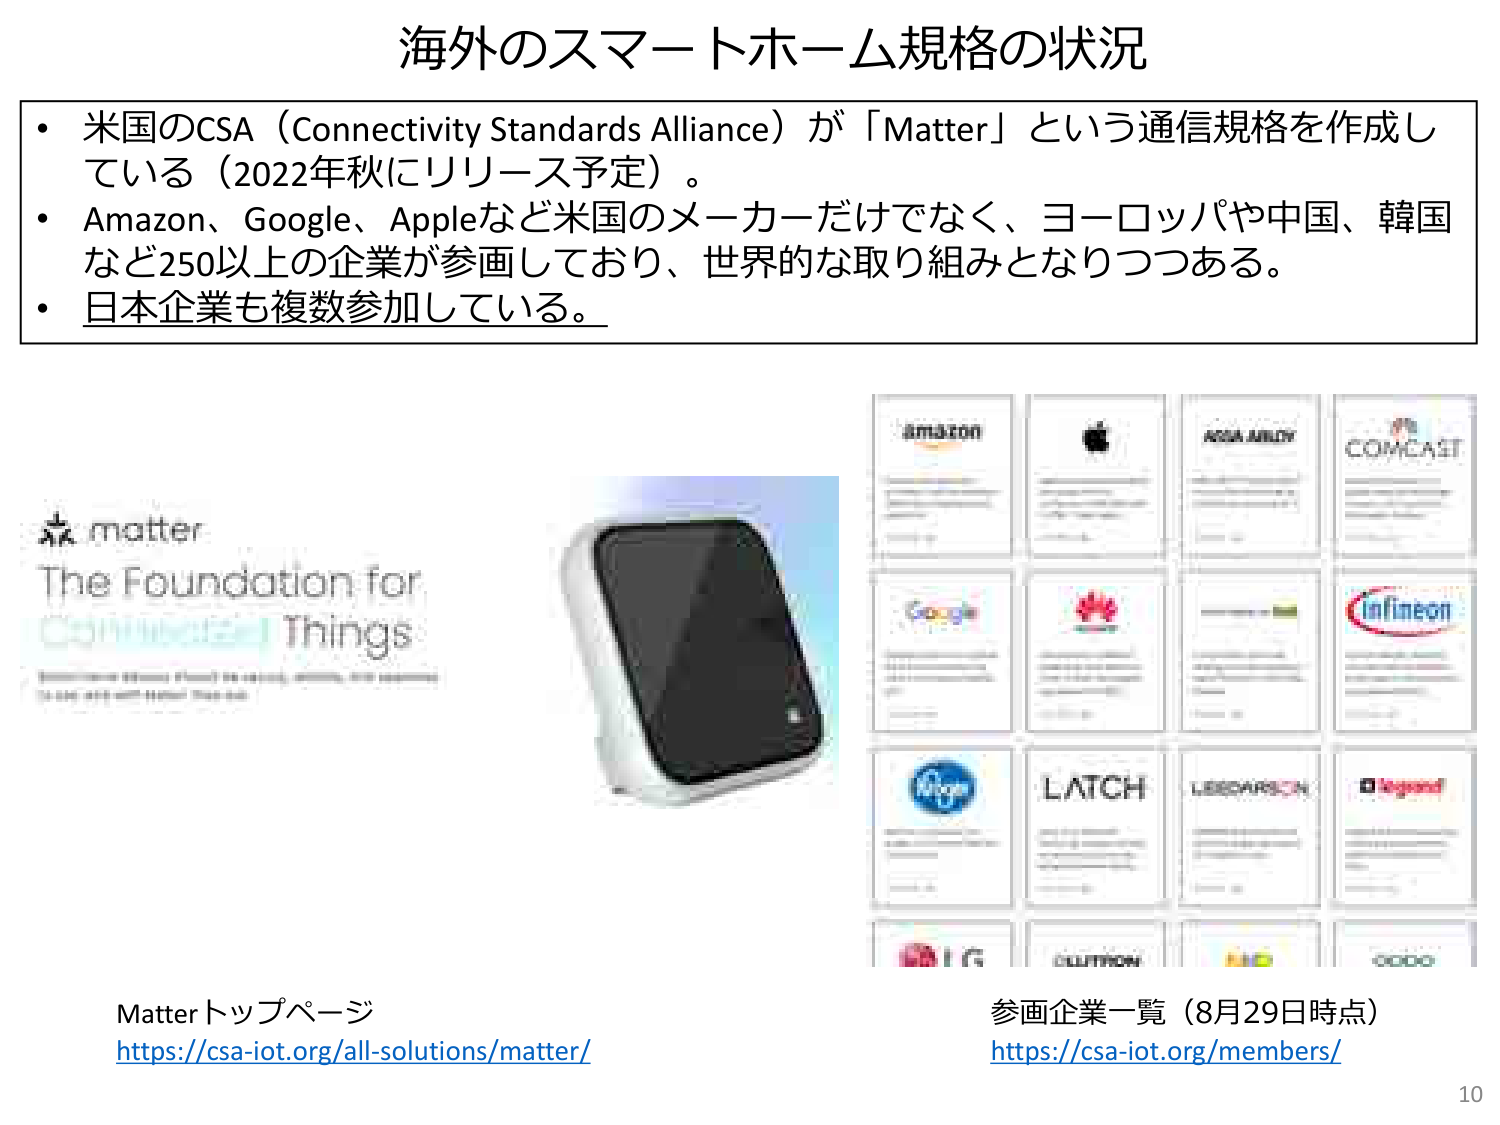
海外のスマートホーム規格の状況

・米国のCSA（Connectivity Standards Alliance）が「Matter」という通信規格を作成している（2022年秋にリリース予定）。
・Amazon、Google、Appleなど米国のメーカーだけでなく、ヨーロッパや中国、韓国など250以上の企業が参画しており、世界的な取り組みとなりつつある。
・日本企業も複数参加している。

matter
The Foundation for
Connected Things

Matterトップページ
https://csa-iot.org/all-solutions/matter/

参画企業一覧（8月29日時点）
https://csa-iot.org/members/

10